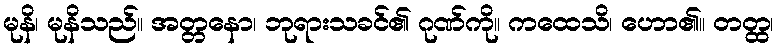
မုနိ၊ မုနိသည်။ အတ္တနော၊ ဘုရားသခင်၏ ဂုဏ်ကို။ ကထေသိ၊ ဟော၏။ တတ္ထ၊